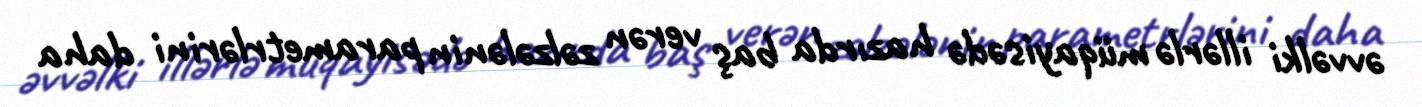
əvvəlki illərlə müqayisədə hazırda baş verən zəlzələnin parametrlərini daha